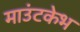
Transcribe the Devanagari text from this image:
माउंटकेभ